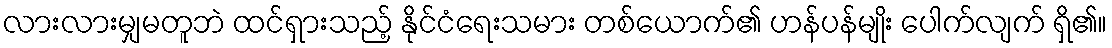
လားလားမျှမတူဘဲ ထင်ရှားသည့် နိုင်ငံရေးသမား တစ်ယောက်၏ ဟန်ပန်မျိုး ပေါက်လျက် ရှိ၏။